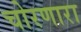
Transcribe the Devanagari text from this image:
चोरणारा